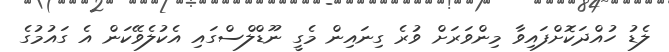
ލެޑު ހުއްދަކޮށްފައިވާ މިންވަރަށް ވުރެ ގިނައިން މެގީ ނޫޑްލްސްގައި އެކުލެވޭކަން އެ ގައުމުގެ